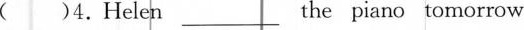
( )4.Helen___the piano tomorrow